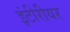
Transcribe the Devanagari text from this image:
इंटीरीयर